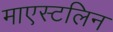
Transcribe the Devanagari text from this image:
माएस्टलिन